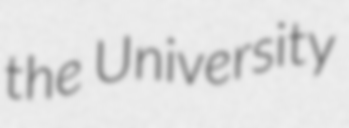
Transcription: the University